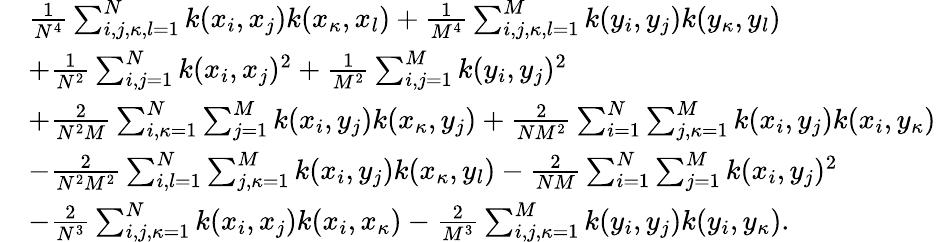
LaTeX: \begin{array}{rl}&{\frac{1}{N^{4}}\sum_{i,j,\kappa,l=1}^{N}k(x_{i},x_{j})k(x_{\kappa},x_{l})+\frac{1}{M^{4}}\sum_{i,j,\kappa,l=1}^{M}k(y_{i},y_{j})k(y_{\kappa},y_{l})}\\ &{+\frac{1}{N^{2}}\sum_{i,j=1}^{N}k(x_{i},x_{j})^{2}+\frac{1}{M^{2}}\sum_{i,j=1}^{M}k(y_{i},y_{j})^{2}}\\ &{+\frac{2}{N^{2}M}\sum_{i,\kappa=1}^{N}\sum_{j=1}^{M}k(x_{i},y_{j})k(x_{\kappa},y_{j})+\frac{2}{NM^{2}}\sum_{i=1}^{N}\sum_{j,\kappa=1}^{M}k(x_{i},y_{j})k(x_{i},y_{\kappa})}\\ &{-\frac{2}{N^{2}M^{2}}\sum_{i,l=1}^{N}\sum_{j,\kappa=1}^{M}k(x_{i},y_{j})k(x_{\kappa},y_{l})-\frac{2}{NM}\sum_{i=1}^{N}\sum_{j=1}^{M}k(x_{i},y_{j})^{2}}\\ &{-\frac{2}{N^{3}}\sum_{i,j,\kappa=1}^{N}k(x_{i},x_{j})k(x_{i},x_{\kappa})-\frac{2}{M^{3}}\sum_{i,j,\kappa=1}^{M}k(y_{i},y_{j})k(y_{i},y_{\kappa}).}\end{array}